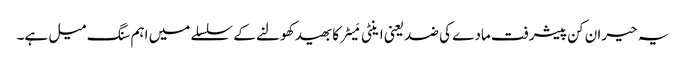
یہ حیران کن پیشرفت مادے کی ضد یعنی اینٹی مَیٹر کا بھید کھولنے کے سلسلے میں اہم سنگ میل ہے۔